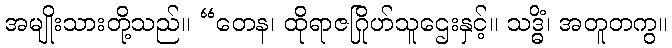
အမျိုးသားတို့သည်။ “တေန၊ ထိုရာဇဂြိုဟ်သူဌေးနှင့်။ သဒ္ဓိံ၊ အတူတကွ။